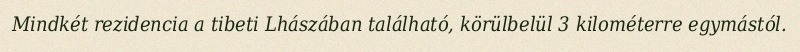
Mindkét rezidencia a tibeti Lhászában található, körülbelül 3 kilométerre egymástól.